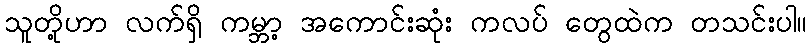
သူတို့ဟာ လက်ရှိ ကမ္ဘာ့ အကောင်းဆုံး ကလပ် တွေထဲက တသင်းပါ။